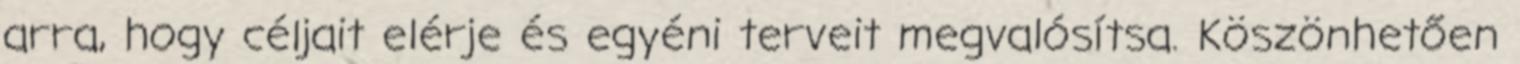
arra, hogy céljait elérje és egyéni terveit megvalósítsa. Köszönhetően